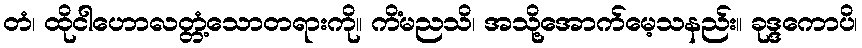
တံ၊ ထိုငါဟောလတ္တံ့သောတရားကို။ ကိံမညသိ၊ အသို့အောက်မေ့သနည်း။ ခုဒ္ဒကောပိ၊